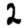
Digit: 2